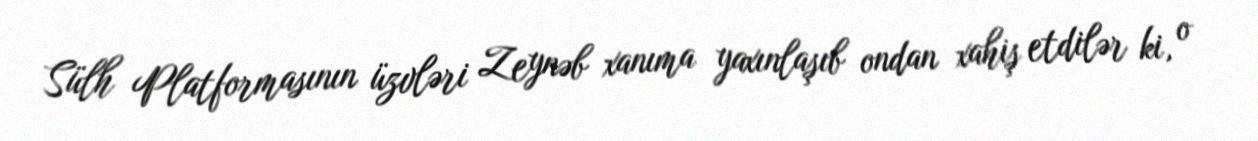
Sülh Platformasının üzvləri Zeynəb xanıma yaxınlaşıb ondan xahiş etdilər ki, o